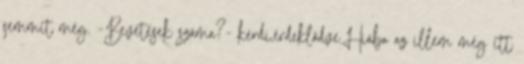
semmit még. -Bevetések száma?- kérdi,érdeklődve.Hiába az illem még itt